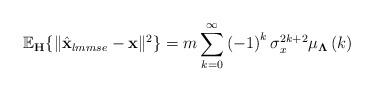
LaTeX: \begin{align*}\mathbb{E}_{\mathbf{H}}\{ \Vert\hat{\mathbf{x}}_{lmmse}-\mathbf{x}\Vert^2\}=m\sum_{k=0}^{\infty} \left(-1\right)^k\sigma_x^{2k+2} \mu_{\mathbf{\Lambda}}\left(k\right)\end{align*}